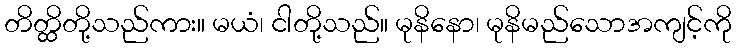
တိတ္ထိတို့သည်ကား။ မယံ၊ ငါတို့သည်။ မုနိနော၊ မုနိမည်သောအကျင့်ကို